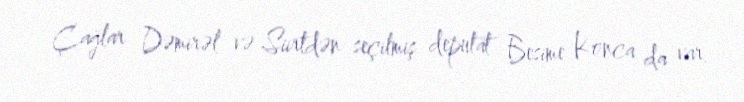
Çağlar Dəmirəl və Siirtdən seçilmiş deputat Besime Konca da var.